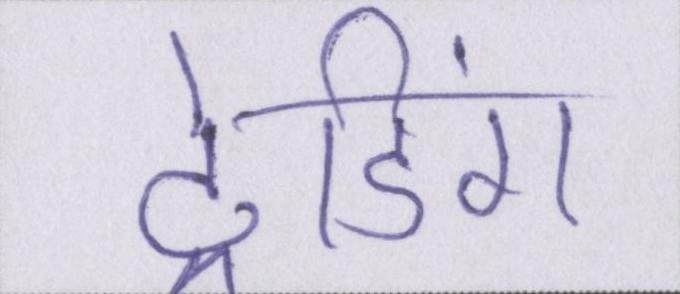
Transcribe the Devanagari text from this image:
ट्रेडिंग